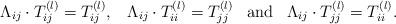
LaTeX: \begin{align*}\Lambda_{ij}\cdot T_{ij}^{(l)}=T_{ij}^{(l)},\;\;\;\Lambda_{ij}\cdot T_{ii}^{(l)}=T_{jj}^{(l)}\;\;\;\textup{and}\;\;\;\Lambda_{ij}\cdot T_{jj}^{(l)}=T_{ii}^{(l)}.\end{align*}